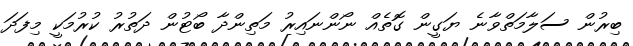
ބިރުން ސަލާމަތްވާނެ ޔަގީން ގޮތެއް ނޯންނައިރު މަތިންދާ ބޯޓުން ދަތުރު ކުރުމަކީ މިފަދަ